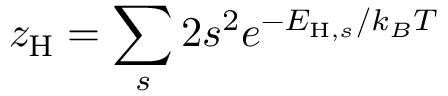
z _ { \mathrm { H } } = \sum _ { s } 2 s ^ { 2 } e ^ { - E _ { \mathrm { H } , s } / k _ { B } T }